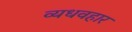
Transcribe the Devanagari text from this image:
व्यधवहार